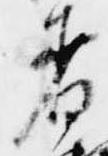
着